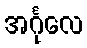
အင်္ဂုလေ